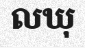
លឃុ